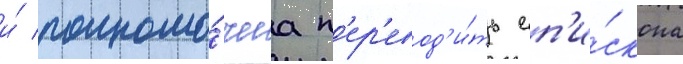
и́ полномо́чиа п'ер'евод'и́ть еп'и́скопа